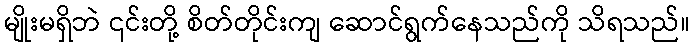
မျိုးမရှိဘဲ ၎င်းတို့ စိတ်တိုင်းကျ ဆောင်ရွက်နေသည်ကို သိရသည်။